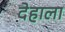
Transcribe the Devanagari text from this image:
देहाला